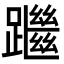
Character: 䠪